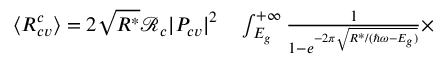
\begin{array} { r l } { \langle R _ { c v } ^ { c } \rangle = 2 \sqrt { R ^ { * } } \mathcal { R } _ { c } | P _ { c v } | ^ { 2 } } & { { } \int _ { E _ { g } } ^ { + \infty } \frac { 1 } { 1 - e ^ { - 2 \pi \sqrt { R ^ { * } / ( \hbar \omega - E _ { g } ) } } } \times } \end{array}